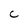
Character: C